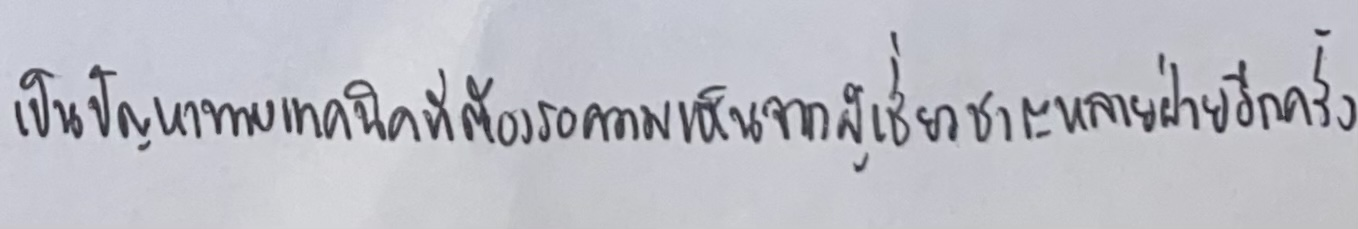
เป็นปัญหาทางเทคนิคที่ต้องรอความเห็นจากผู้เชี่ยวชาญหลายฝ่ายอีกครั้ง